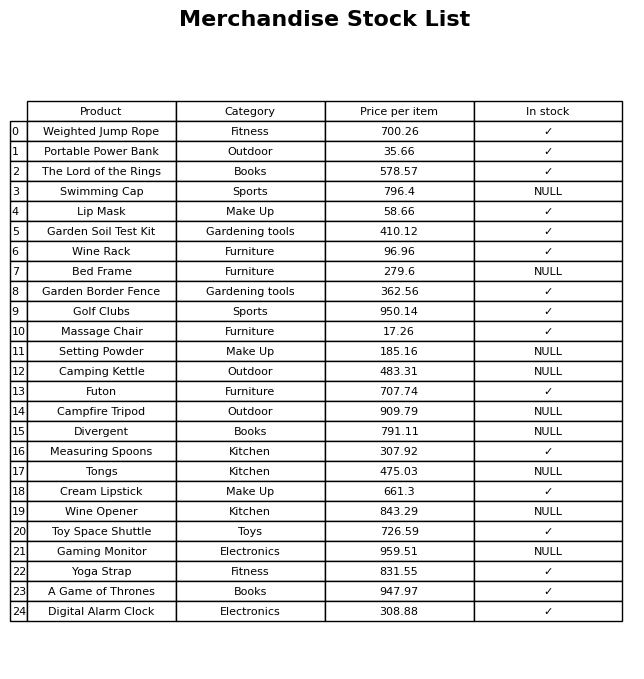
question: What is the price for Massage Chair?
answer: The price of Massage Chair is 17.26.